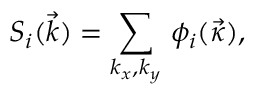
S _ { i } ( \vec { k } ) = \sum _ { k _ { x } , k _ { y } } \, \phi _ { i } ( \vec { \kappa } ) ,